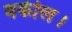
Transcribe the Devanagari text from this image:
वकील।